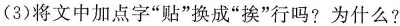
(3)将文中加点字”贴”换成”挨”行吗?为什么?